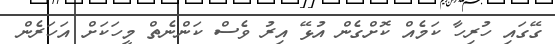
ގޭގައި ހުރިހާ ކަމެއް ކޮށްގެން އުޅޭ އިރު ވެސް ކަންނެތް މީހަކަށް އަހަރެން